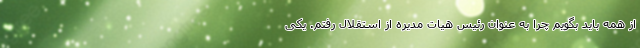
از همه باید بگویم چرا به عنوان رئیس هیات مدیره از استقلال رفتم. یکی